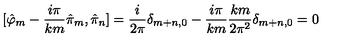
[ \hat { \varphi } _ { m } - \frac { i \pi } { k m } \hat { \pi } _ { m } , \hat { \pi } _ { n } ] = \frac { i } { 2 \pi } \delta _ { m + n , 0 } - \frac { i \pi } { k m } \frac { k m } { 2 \pi ^ { 2 } } \delta _ { m + n , 0 } = 0